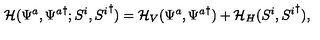
{ \cal { H } } ( \Psi ^ { a } , { \Psi ^ { a } } ^ { \dagger } ; S ^ { i } , { S ^ { i } } ^ { \dagger } ) = { \cal { H } } _ { V } ( \Psi ^ { a } , { \Psi ^ { a } } ^ { \dagger } ) + { \cal { H } } _ { H } ( S ^ { i } , { S ^ { i } } ^ { \dagger } ) ,